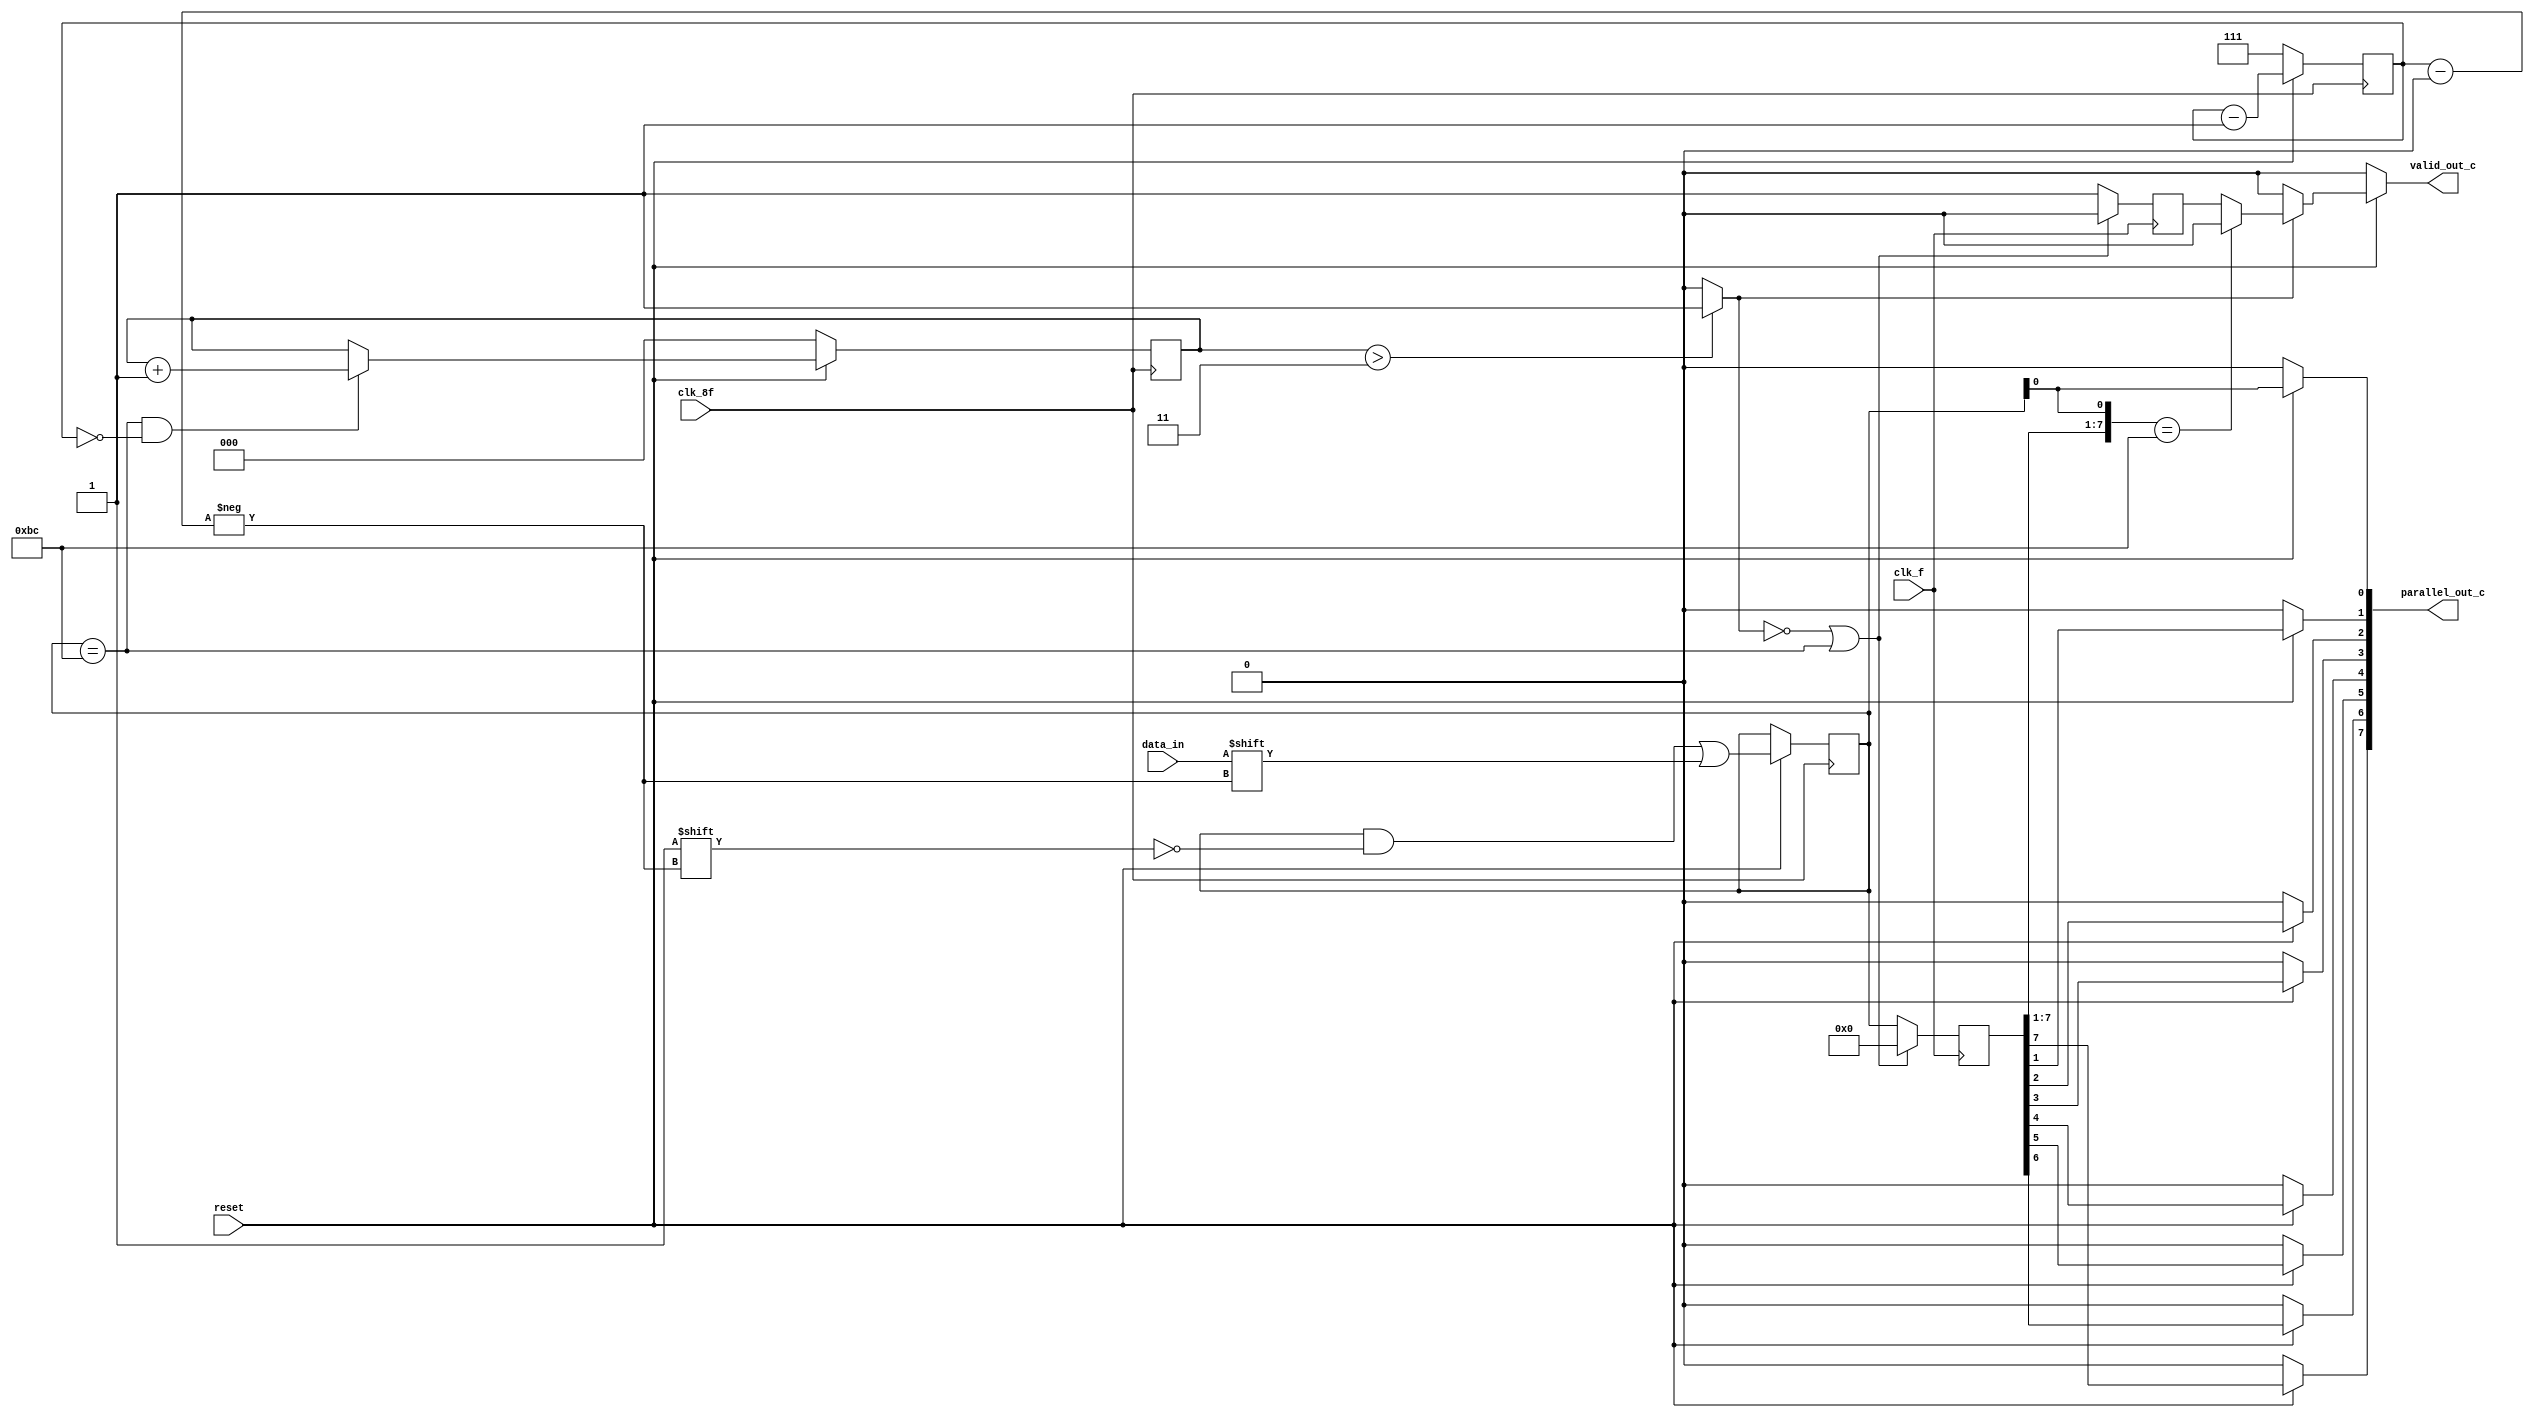
module Serie_Paralelo(input  clk_8f,
                      input  clk_f,
                      input  data_in,
                      input  reset,
                      output reg valid_out_c,
                      output reg [7:0] parallel_out_c);
    

    // SEÑALES INTERNAS Y CABLES:
    reg [7:0] Data_P, parallel_out_auxiliar;
    reg [2:0] bit_counter, BC_counter;
    wire clk_8f, clk_f, data_in, reset;
    reg active, valid_out_c_retrasado;


    // INICIALIZACION DE VARIABLES Y ACTIVACIÓN DEL ACTIVE
    always @(*) begin
         if(BC_counter > 3) begin
            active = 1; 
        end
        else begin
            active = 0;
        end

        
    end 

    // PARALELIZADO:

       always @(posedge clk_f) begin
            if(!active || Data_P == 'hBC) begin
                valid_out_c_retrasado <= 0;
                parallel_out_auxiliar <=0;
                
            end
            else begin
                valid_out_c_retrasado <= 1;
                parallel_out_auxiliar <= Data_P;
            end
          
    end
    
    always @(posedge clk_8f) begin
        if(!reset) begin
            bit_counter = 3'b111;
            Data_P = 8'b0;
            BC_counter = 3'b0;
        end
        else begin
            Data_P[bit_counter] <= data_in;
            bit_counter <= bit_counter - 1;

            if (Data_P == 'hBC && bit_counter == 0) begin
                BC_counter <= BC_counter +1;
            end
           
        end
    end

    integer i;
    always @(*) begin
        parallel_out_c = 0;
        valid_out_c = 0;
        if(reset) begin
            for (i = 7; i > 0 ; i = i - 1) begin
                parallel_out_c[i] = parallel_out_auxiliar[i];
            end
            parallel_out_c[0] = Data_P[0];
            valid_out_c = 0;
            if (active) begin
                valid_out_c = valid_out_c_retrasado;
                if (parallel_out_c == 'hBC) begin
                    valid_out_c = 0;
                end
            end
        end
    end
 

endmodule